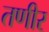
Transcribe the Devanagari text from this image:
तणीर